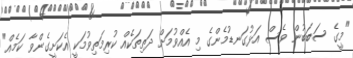
"މީގެ ސަބަބުން ވެސް އަޅުގަނޑުމެންގެ މި އެއްވުމަށް ދަތިތަކެއް ކުރިމަތިވުމަކީ އެކަށީގެންވާ ކަމެއް"